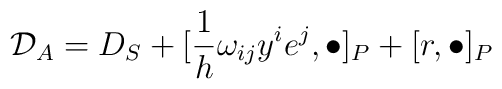
{\cal{D}}_{A} = D_{S} + [\frac{1}{h}\omega_{ij}y^{i}e^{j},\bullet]_{P} + [r,\bullet]_{P}